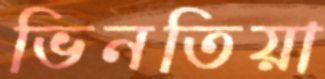
ভিনতিয়া